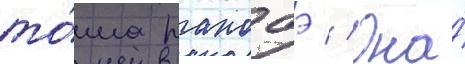
то́ма ранобэ // Она́